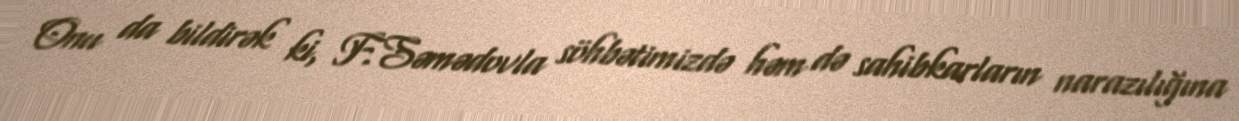
Onu da bildirək ki, F.Səmədovla söhbətimizdə həm də sahibkarların narazılığına